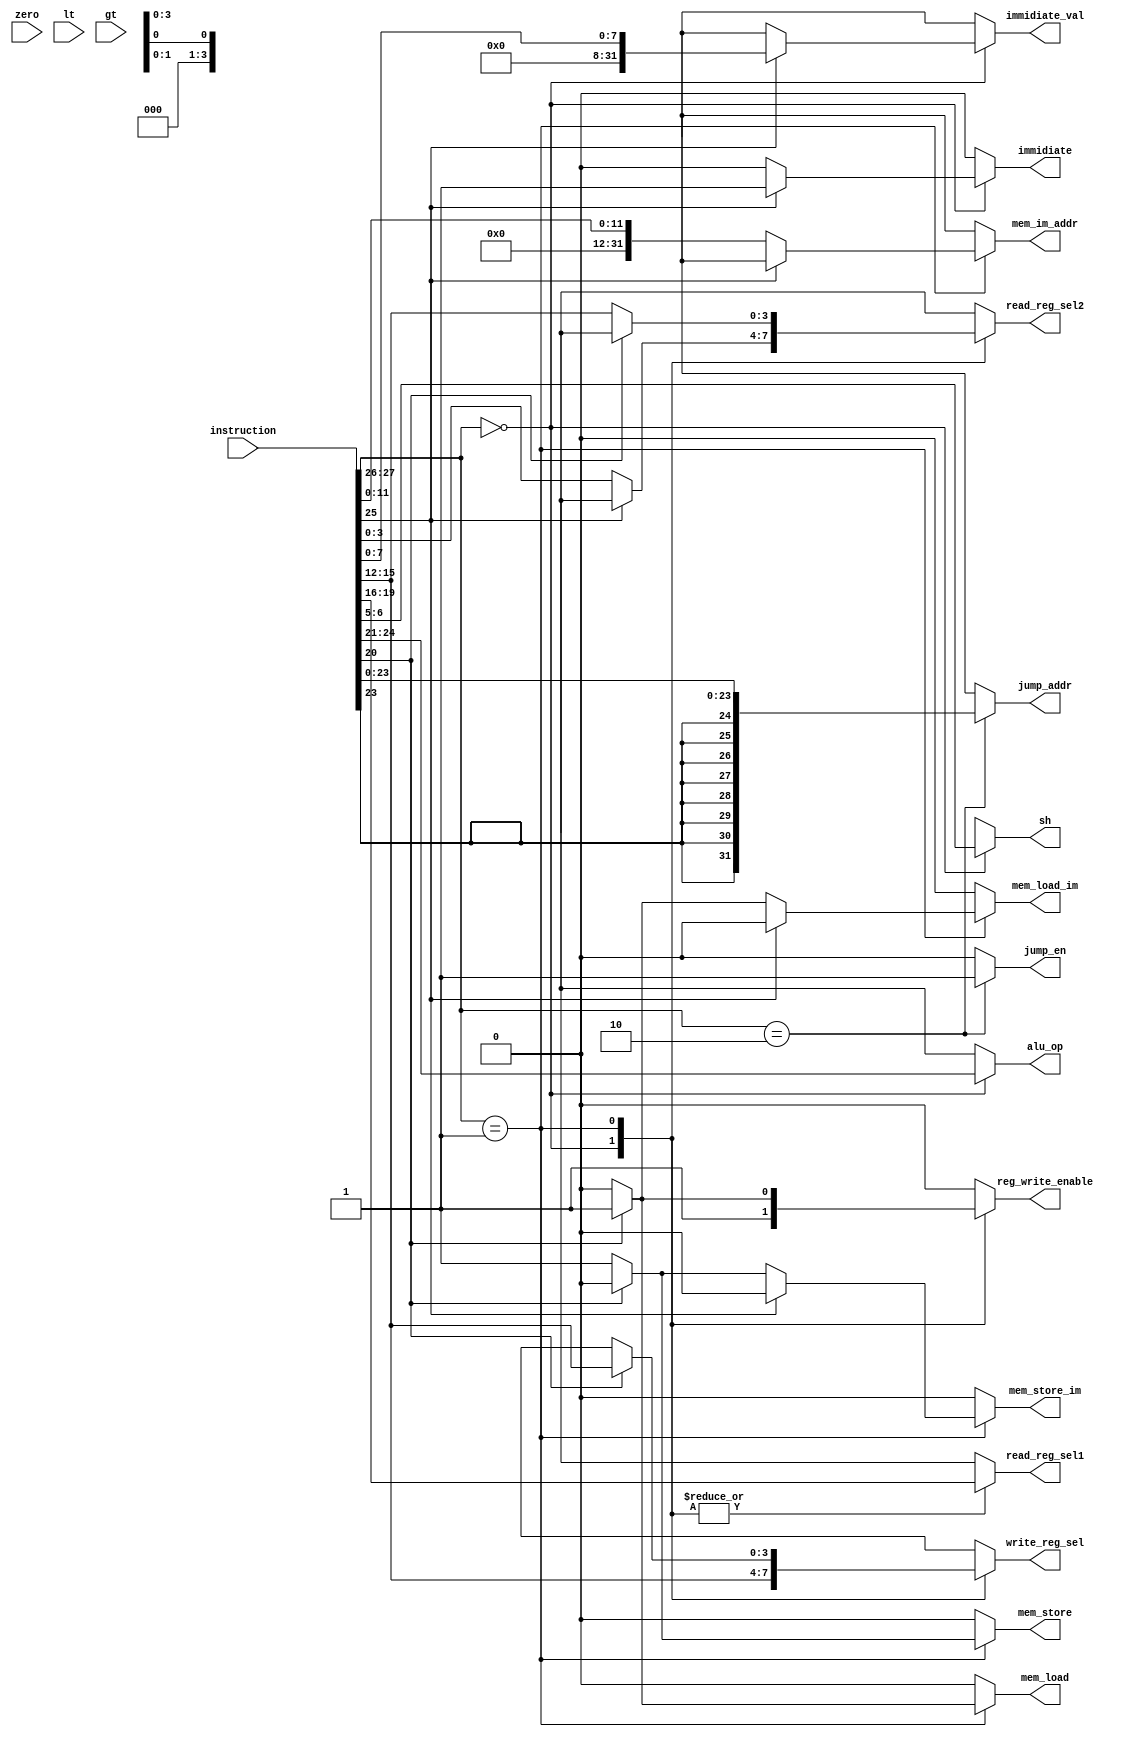
module control_unit (
    input wire [31:0] instruction,
    input wire zero,
    input wire lt,
    input wire gt,
    output reg [3:0] alu_op,
    output reg [1:0] sh,
    output reg [3:0] write_reg_sel,
    output reg reg_write_enable,
    output reg [3:0] read_reg_sel1,
    output reg [3:0] read_reg_sel2,
    output reg [31:0] immidiate_val,
    output reg immidiate,
    output reg jump_en,
    output reg [31:0] jump_addr,
    output reg mem_load,
    output reg mem_store,
    output reg mem_load_im,
    output reg mem_store_im,
    output reg [31:0] mem_im_addr
);


  always @* begin

    alu_op = 4'bx;
    sh = 2'bx;
    write_reg_sel = 1'bx;
    reg_write_enable = 1'b0;
    read_reg_sel1 = 4'bx;
    read_reg_sel2 = 4'bx;
    immidiate_val = 32'bx;
    immidiate = 1'b0;
    jump_en = 1'b0;
    jump_addr = 32'bx;
    mem_load = 1'b0;
    mem_store = 1'b0;
    mem_load_im = 1'b0;
    mem_store_im = 1'b0;
    mem_im_addr = 32'bx;

    case (instruction[27:26])
      2'b00: begin  // ALU OPS
        alu_op = instruction[24:21];
        sh = instruction[6:5];
        reg_write_enable = 1'b1;
        read_reg_sel1 = instruction[19:16];
        write_reg_sel = instruction[15:12];
        if (instruction[25] == 1'b0) begin
          read_reg_sel2 = instruction[3:0];
        end else begin
          immidiate = 1'b1;
          immidiate_val = {24'b0, instruction[7:0]};
        end
      end
      2'b01: begin  // Memory OPS
        read_reg_sel1 = instruction[19:16];

        if (instruction[25]) begin
          if (instruction[20]) begin  // LDR R
            mem_load = 1'b1;
            reg_write_enable = 1'b1;
            write_reg_sel = instruction[15:12];
          end else begin  // STR R
            mem_store = 1'b1;
            read_reg_sel2 = instruction[15:12];
          end
        end else begin
          mem_im_addr = {20'b0, instruction[11:0]};
          if (instruction[20]) begin  // LDR I
            mem_load = 1'b1;
            mem_load_im = 1'b1;
            reg_write_enable = 1'b1;
            write_reg_sel = instruction[15:12];
          end else begin  // STR I
            mem_store = 1'b1;
            mem_store_im = 1'b1;
            read_reg_sel2 = instruction[15:12];
          end
        end
      end
      2'b10: begin  // Jump OPS
        jump_en   = 1'b1;
        jump_addr = {{8{instruction[23]}}, instruction[23:0]};
      end
    endcase
  end

endmodule